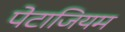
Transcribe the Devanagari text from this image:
पेटाजियम